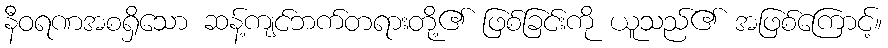
နီဝရဏအစရှိသော ဆန့်ကျင်ဘက်တရားတို့၏ ဖြစ်ခြင်းကို ယူသည်၏ အဖြစ်ကြောင့်။